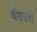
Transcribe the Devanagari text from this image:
येक्स्चे